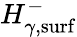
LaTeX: H_{\gamma,\mathrm{surf}}^{-}